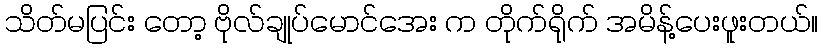
သိတ်မပြင်း တော့ ဗိုလ်ချုပ်မောင်အေး က တိုက်ရိုက် အမိန့်ပေးဖူးတယ်။